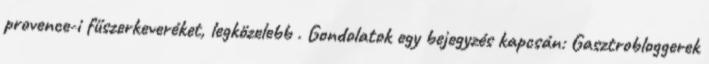
provence-i fűszerkeveréket, legközelebb . Gondolatok egy bejegyzés kapcsán: Gasztrobloggerek